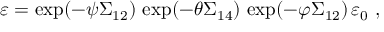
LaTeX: \varepsilon = \exp ( - \psi \Sigma _ { 1 2 } ) \, \exp ( - \theta \Sigma _ { 1 4 } ) \, \exp ( - \varphi \Sigma _ { 1 2 } ) \, \varepsilon _ { 0 } ~ ,